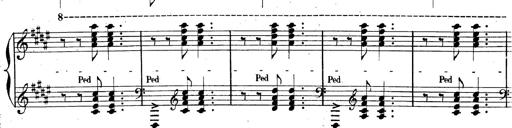
Title: AnnÃ©es de pÃ¨lerinage II, SupplÃ©ment
Composer: Franz Liszt